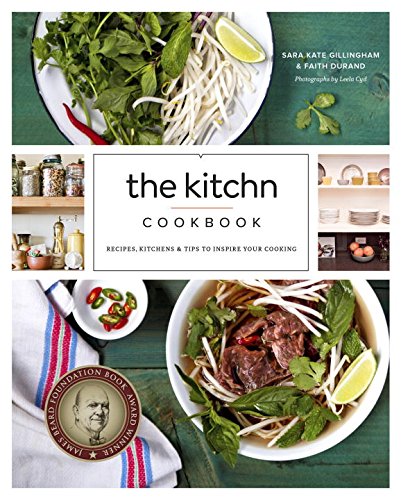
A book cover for The Kitchn Cookbook: Recipes, Kitchens & Tips to Inspire Your Cooking; Sara Kate Gillingham; Engineering & Transportation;